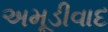
અમૂડીવાદ